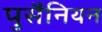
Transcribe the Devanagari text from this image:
पुसैनियन